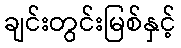
ချင်းတွင်းမြစ်နှင့်